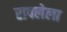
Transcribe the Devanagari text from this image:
रापलेला